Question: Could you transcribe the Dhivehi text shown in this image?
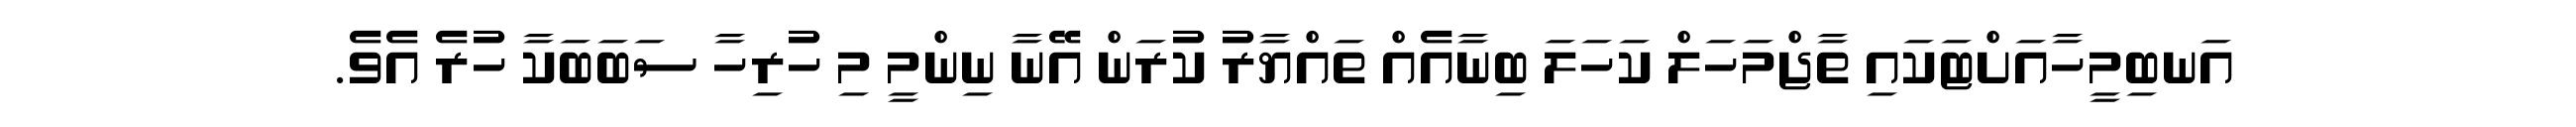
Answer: އަނބިމީހާއަށްޓަކައި ތާޖްމަހަލް ކަހަލަ ބިނާއެއް ތައްޔާރު ކުރަން އޭނާ ނިންމީ މި ހުރިހާ ސަބަބަކާ ހުރެ އެވެ.